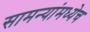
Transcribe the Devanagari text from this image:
सामन्यांमध्येच